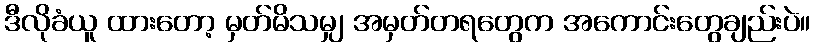
ဒီလိုခံယူ ထားတော့ မှတ်မိသမျှ အမှတ်တရတွေက အကောင်းတွေချည်းပဲ။